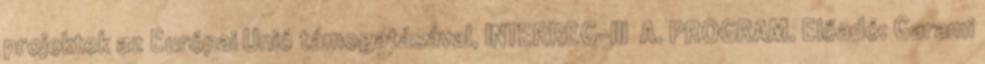
projektek az Európai Unió támogatásával, INTERREG-III A. PROGRAM. Előadó: Garami